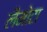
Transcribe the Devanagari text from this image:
लैमोटा